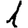
Digit: 1